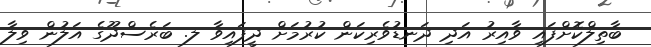
ބާތިލްކޮށްފައި ވާއިރު އަދި ދަނޑުވެރިކަން ކުރުމަށް ދީފައިވާ ލ. ބަރެސްދޫގެ އަލުން ވިލާ